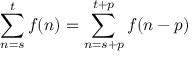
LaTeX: \sum _ { n = s } ^ { t } f ( n ) = \sum _ { n = s + p } ^ { t + p } f ( n - p ) \quad